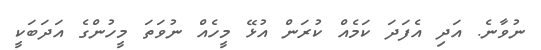
ނުވާނެ. އަދި އެފަދަ ކަމެއް ކުރަން އުޅޭ މީހެއް ނުވަތަ މީހުންގެ އަދަބަކީ